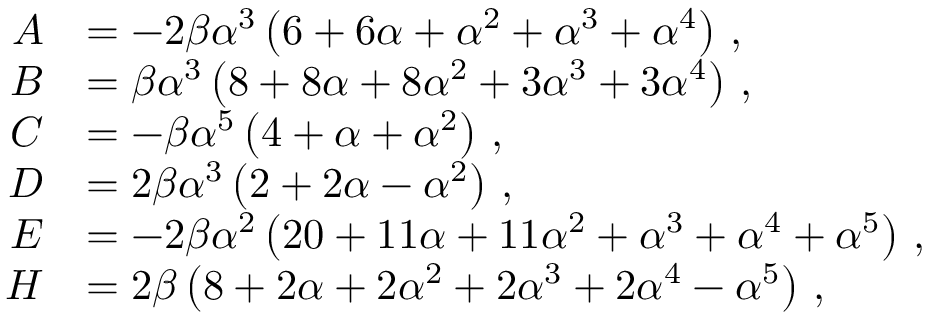
\begin{array} { r l } { A } & { = - 2 \beta \alpha ^ { 3 } \left( 6 + 6 \alpha + \alpha ^ { 2 } + \alpha ^ { 3 } + \alpha ^ { 4 } \right) \, , } \\ { B } & { = \beta \alpha ^ { 3 } \left( 8 + 8 \alpha + 8 \alpha ^ { 2 } + 3 \alpha ^ { 3 } + 3 \alpha ^ { 4 } \right) \, , } \\ { C } & { = - \beta \alpha ^ { 5 } \left( 4 + \alpha + \alpha ^ { 2 } \right) \, , } \\ { D } & { = 2 \beta \alpha ^ { 3 } \left( 2 + 2 \alpha - \alpha ^ { 2 } \right) \, , } \\ { E } & { = - 2 \beta \alpha ^ { 2 } \left( 2 0 + 1 1 \alpha + 1 1 \alpha ^ { 2 } + \alpha ^ { 3 } + \alpha ^ { 4 } + \alpha ^ { 5 } \right) \, , } \\ { H } & { = 2 \beta \left( 8 + 2 \alpha + 2 \alpha ^ { 2 } + 2 \alpha ^ { 3 } + 2 \alpha ^ { 4 } - \alpha ^ { 5 } \right) \, , } \end{array}